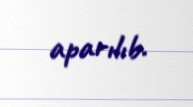
aparılıb.